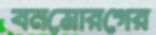
বনমোরগের